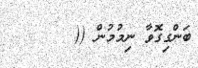
ބަންގިގޮވާ ނިމުމުން ((